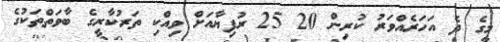
މީގެ ދެ އަހަރެއްވަރު ކުރިން 20 25 ރުފިޔާއަށް ވިއްކި ތަރުކާރީގެ ބާވަތްތަކުގެ